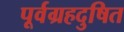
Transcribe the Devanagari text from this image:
पूर्वग्रहदुषित